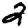
Digit: 2